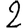
Digit: 2